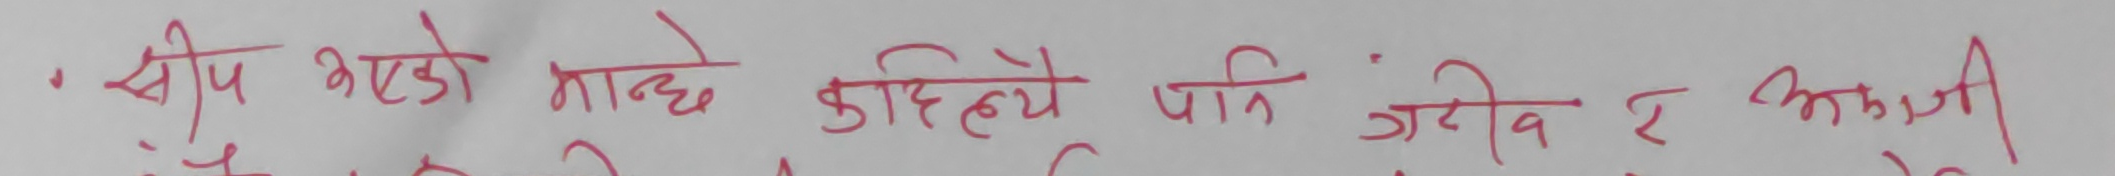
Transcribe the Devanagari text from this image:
सीप भएको मान्छे कहिल्यै पनि गरिब र भिखारी